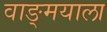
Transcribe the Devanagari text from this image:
वाङ्‌मयाला